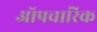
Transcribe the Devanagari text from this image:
ऑपचारिक